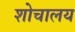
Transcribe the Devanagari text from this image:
शोचालय